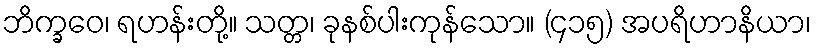
ဘိက္ခဝေ၊ ရဟန်းတို့။ သတ္တ၊ ခုနစ်ပါးကုန်သော။ (၄၁၅) အပရိဟာနိယာ၊